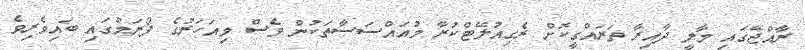
ރާއްޖޭގައި މާލީ ދާއިރާ ތަރައްގީކޮށް ރެގިއުލޭޓްކުރާ މުއައްސަސާތަކުން ވެސް މިއަހަރުގެ ފޯރަމްގައި ބައިވެރިވެ